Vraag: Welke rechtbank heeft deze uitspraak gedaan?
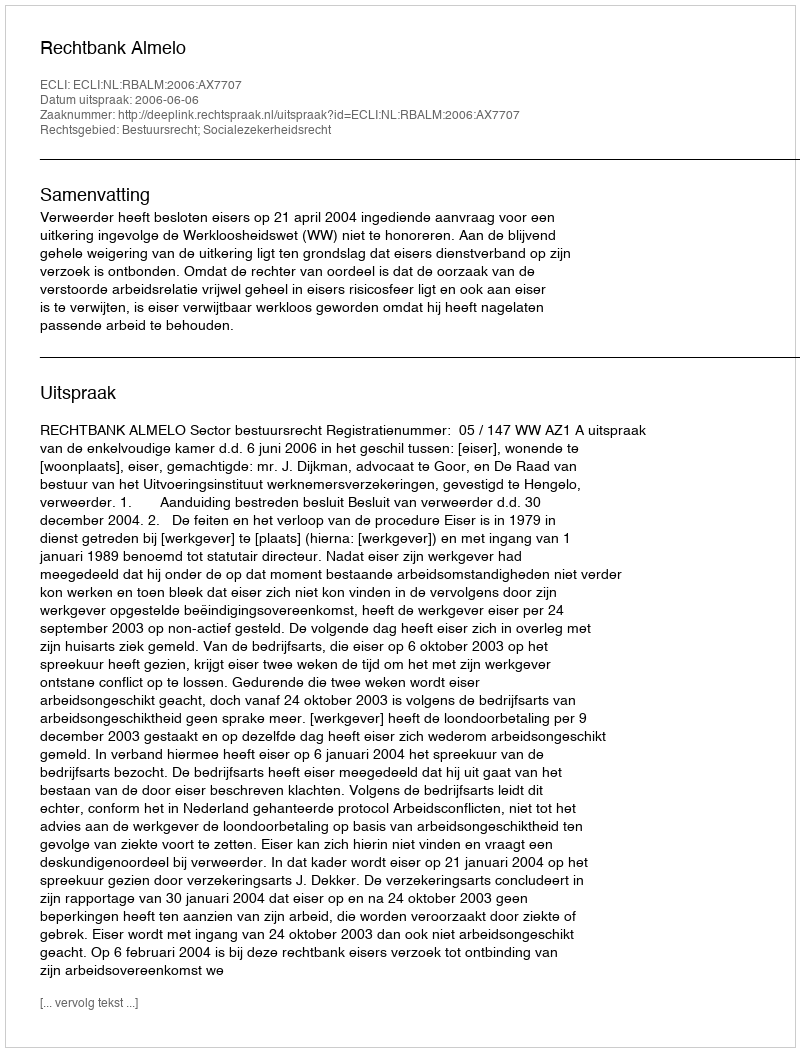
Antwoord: Rechtbank Almelo